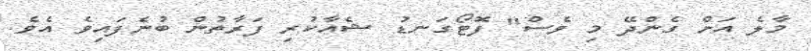
މާލެ އަށް ގެންދޭ މި ވެސް" ފޮޓޯގަނޑު ޝެއާކުރި ފަރާތުން ބުނެފައިވެ އެވެ.